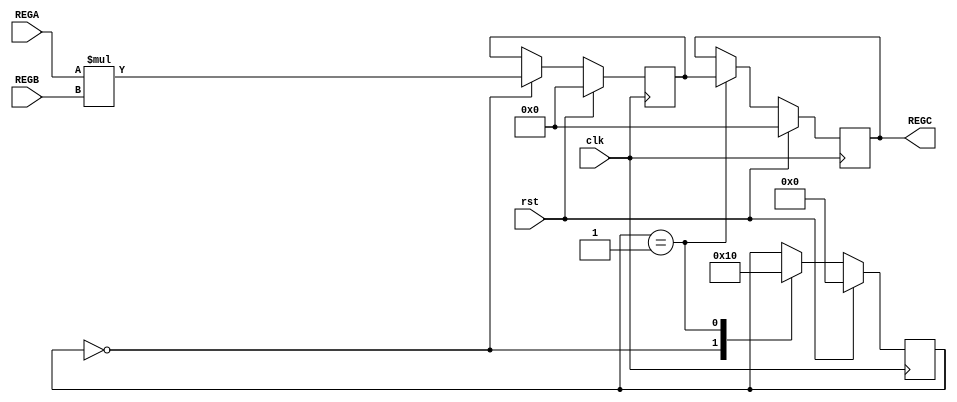
`timescale 1ns/10ps

module Mult16x16(clk,rst,
                 REGA,REGB,REGC);
				 
`define st0 0
`define st1 1
`define st2 2
`define st3 3
`define st4 4	

input         clk,rst;	
input[15:0]   REGA,REGB;    
output reg [31:0] REGC;	

wire [15:0] rega,regb;
reg [31:0] regc;
reg [3:0] REGS;

//Temporary Variables

assign rega = REGA;
assign regb = REGB;         
           
always @ (posedge clk)
  begin
  if(rst)
    begin
        REGS = 0;
	regc = 0;
	REGC = 0;
    end 
  else
    begin  	 
		case(REGS)
                          `st0 : begin regc = rega * regb; REGS = `st1; end
			  `st1 : begin REGC = regc; REGS = `st0; end  
		//	  `st0 : begin regc = rega[7:0] * regb[7:0];                  REGS = `st1; end
		//	  `st1 : begin regc[31:16] = rega[15:8] * regb[15:8];         REGS = `st2; end
		//	  `st2 : begin regc = regc + ((rega[15:8] * regb[7:0]) << 8); REGS = `st3; end
		//	  `st3 : begin regc = regc + ((rega[7:0] * regb[15:8]) << 8); REGS = `st4; end
		//	  `st4 : begin REGC = regc; REGS = `st0; end
		endcase
	end
end
 
endmodule